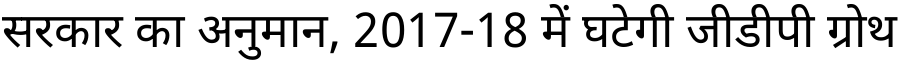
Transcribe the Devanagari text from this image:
सरकार का अनुमान, 2017-18 में घटेगी जीडीपी ग्रोथ